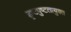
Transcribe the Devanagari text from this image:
हृष्टपुष्टतायुक्त